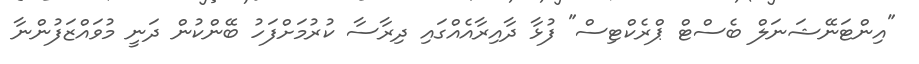
"އިންޓަނޭޝަނަލް ބެސްޓް ޕްރެކްޓިސް" ފުޅާ ދާއިރާއެއްގައި ދިރާސާ ކުރުމަށްފަހު ބޭންކުން ދަނީ މުވައްޒަފުންނާ